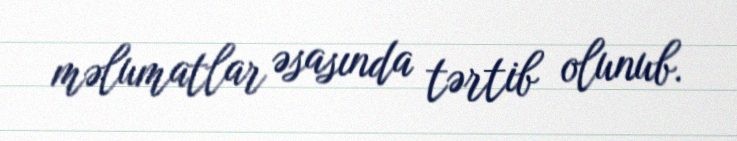
məlumatlar əsasında tərtib olunub.